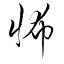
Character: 怖